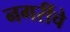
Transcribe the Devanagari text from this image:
नगरींचे